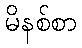
မိနစ်စာ